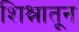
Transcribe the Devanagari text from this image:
शिश्नातून